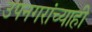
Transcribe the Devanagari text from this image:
उपनगरांच्याही